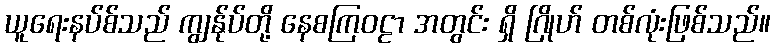
ယူရေးနပ်စ်သည် ကျွန်ုပ်တို့ နေစကြဝဠာ အတွင်း ရှိ ဂြိုဟ် တစ်လုံးဖြစ်သည်။